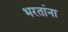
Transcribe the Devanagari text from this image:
भरतांना